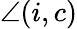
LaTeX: \angle(i,c)